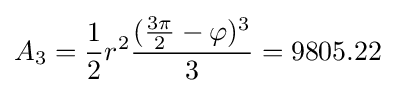
A_{3}={\frac {1}{2}}r^{2}{\frac {({\frac {3\pi }{2}}-\varphi )^{3}}{3}}=9805.22